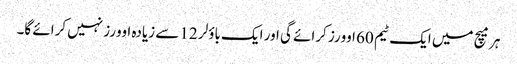
ہر میچ میں ایک ٹیم 60 اوورز کرائے گی اور ایک باؤلر 12 سے زیادہ اوورز نہیں کرائے گا۔